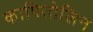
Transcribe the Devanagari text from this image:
कापितोलिन